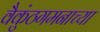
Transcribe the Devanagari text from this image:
वैकुंठगमनाच्या